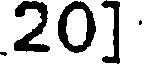
20]